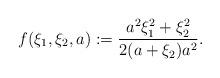
LaTeX: \begin{align*} f(\xi_1,\xi_2,a):=\dfrac{a^2\xi_1^2+\xi_2^2}{2(a+\xi_2)a^2}.\end{align*}